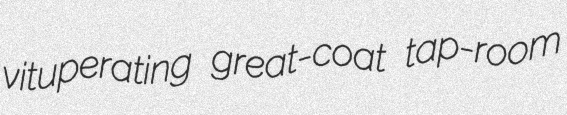
vituperating great-coat tap-room